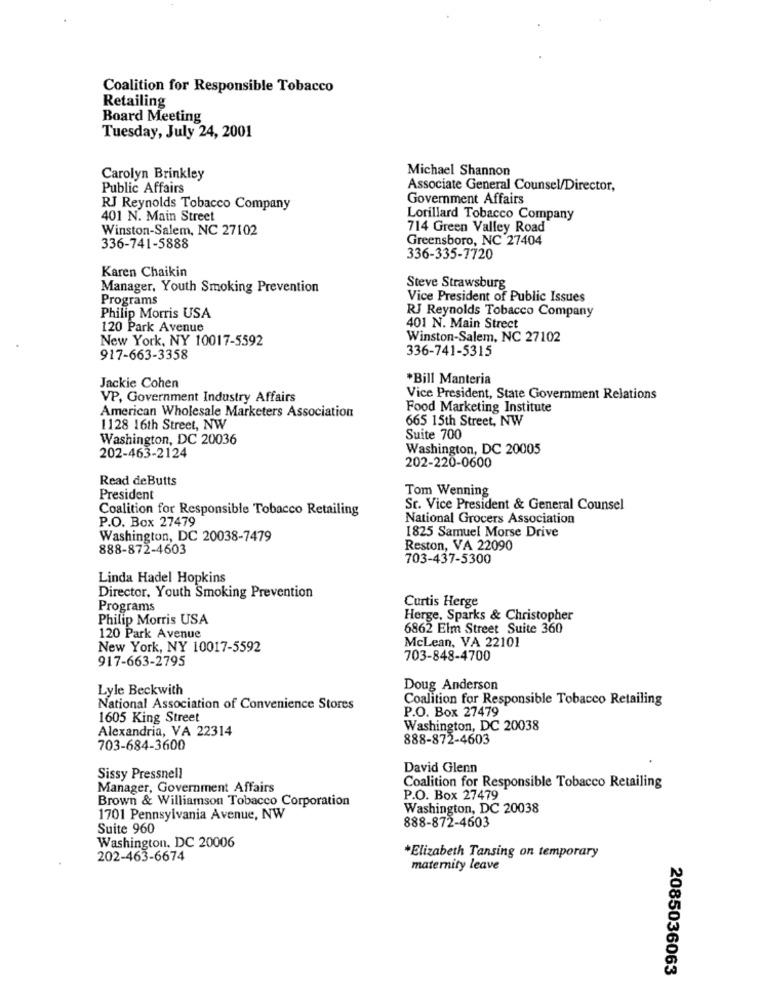
Coalition for Responsible Tobacco
Retailing
Board Meeting
Tuesday, July 24, 2001
Michael Shannon
Carolyn Brinkley
Public Affairs
Associate General Counsel/Director,
Government Affairs
RJ Reynolds Tobacco Company
401 N. Main Street
Lorillard Tobacco Company
Winston-Salem, NC 27102
714 Green Valley Road
Greensboro, NC 27404
336-741-5888
336-335-7720
Karen Chaikin
Manager, Youth Smoking Prevention
Steve Strawsburg
Programs
Vice President of Public Issues
RJ Reynolds Tobacco Company
Philip Morris USA
120 Park Avenue
401 N. Main Street
New York, NY 10017-5592
Winston-Salem, NC 27102
336-741-5315
917-663-3358
*Bill Manteria
Jackie Cohen
VP, Government Industry Affairs
Vice President, State Government Relations
American Wholesale Marketers Association
Food Marketing Institute
665 15th Street, NW
1128 16th Street, NW
Washington, DC 20036
Suite 700
Washington, DC 20005
202-463-2124
202-220-0600
Read deButts
Tom Wenning
President
Coalition for Responsible Tobacco Retailing
St. Vice President & General Counsel
P.O. Box 27479
National Grocers Association
1825 Samuel Morse Drive
Washington, DC 20038-7479
888-872-4603
Reston, VA 22090
703-437-5300
Linda Hadel Hopkins
Director, Youth Smoking Prevention
Programs
Curtis Herge
Philip Morris USA
Herge, Sparks & Christopher
6862 Elm Street Suite 360
120 Park Avenue
McLean, VA 22101
New York, NY 10017-5592
917-663-2795
703-848-4700
Lyle Beckwith
Doug Anderson
Coalition for Responsible Tobacco Retailing
National Association of Convenience Stores
P.O. Box 27479
1605 King Street
Alexandria, VA 22314
Washington, DC 20038
888-872-4603
703-684-3600
David Glenn
Sissy Pressnell
Manager, Government Affairs
Coalition for Responsible Tobacco Retailing
Brown & Williamson Tobacco Corporation
P.O. Box 27479
Washington, DC 20038
1701 Pennsylvania Avenue, NW
Suite 960
888-872-4603
Washington, DC 20006
202-463-6674
*Elizabeth Tansing on temporary
maternity leave
2085036063